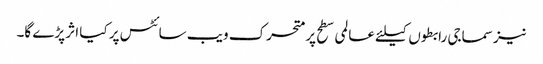
نیز سماجی رابطوں کیلئے عالمی سطح پر متحرک ویب سائٹس پر کیا اثر پڑے گا۔